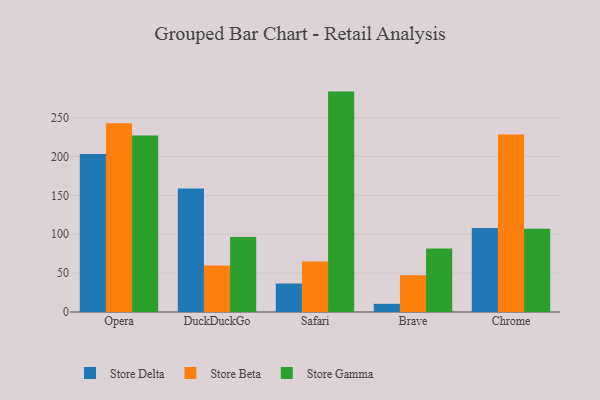
{"axis": {"x": "Browser", "y": "Energy Usage (MWh)"}, "legend": ["Store Beta", "Store Delta", "Store Gamma"], "data": [{"x": "Opera", "y": 203.3, "type": "Store Delta"}, {"x": "Opera", "y": 242.7, "type": "Store Beta"}, {"x": "Opera", "y": 226.9, "type": "Store Gamma"}, {"x": "DuckDuckGo", "y": 158.9, "type": "Store Delta"}, {"x": "DuckDuckGo", "y": 59.9, "type": "Store Beta"}, {"x": "DuckDuckGo", "y": 96.3, "type": "Store Gamma"}, {"x": "Safari", "y": 36.6, "type": "Store Delta"}, {"x": "Safari", "y": 64.8, "type": "Store Beta"}, {"x": "Safari", "y": 283.4, "type": "Store Gamma"}, {"x": "Brave", "y": 10.5, "type": "Store Delta"}, {"x": "Brave", "y": 47.2, "type": "Store Beta"}, {"x": "Brave", "y": 81.5, "type": "Store Gamma"}, {"x": "Chrome", "y": 108.1, "type": "Store Delta"}, {"x": "Chrome", "y": 228.3, "type": "Store Beta"}, {"x": "Chrome", "y": 107.0, "type": "Store Gamma"}]}